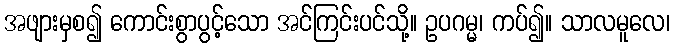
အဖျားမှစ၍ ကောင်းစွာပွင့်သော အင်ကြင်းပင်သို့။ ဥပဂမ္မ၊ ကပ်၍။ သာလမူလေ၊